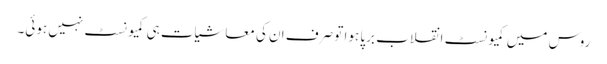
روس میں کمیونسٹ انقلاب برپا ہوا تو صرف ان کی معاشیات ہی کمیونسٹ نہیں ہوئی۔